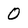
Character: 0